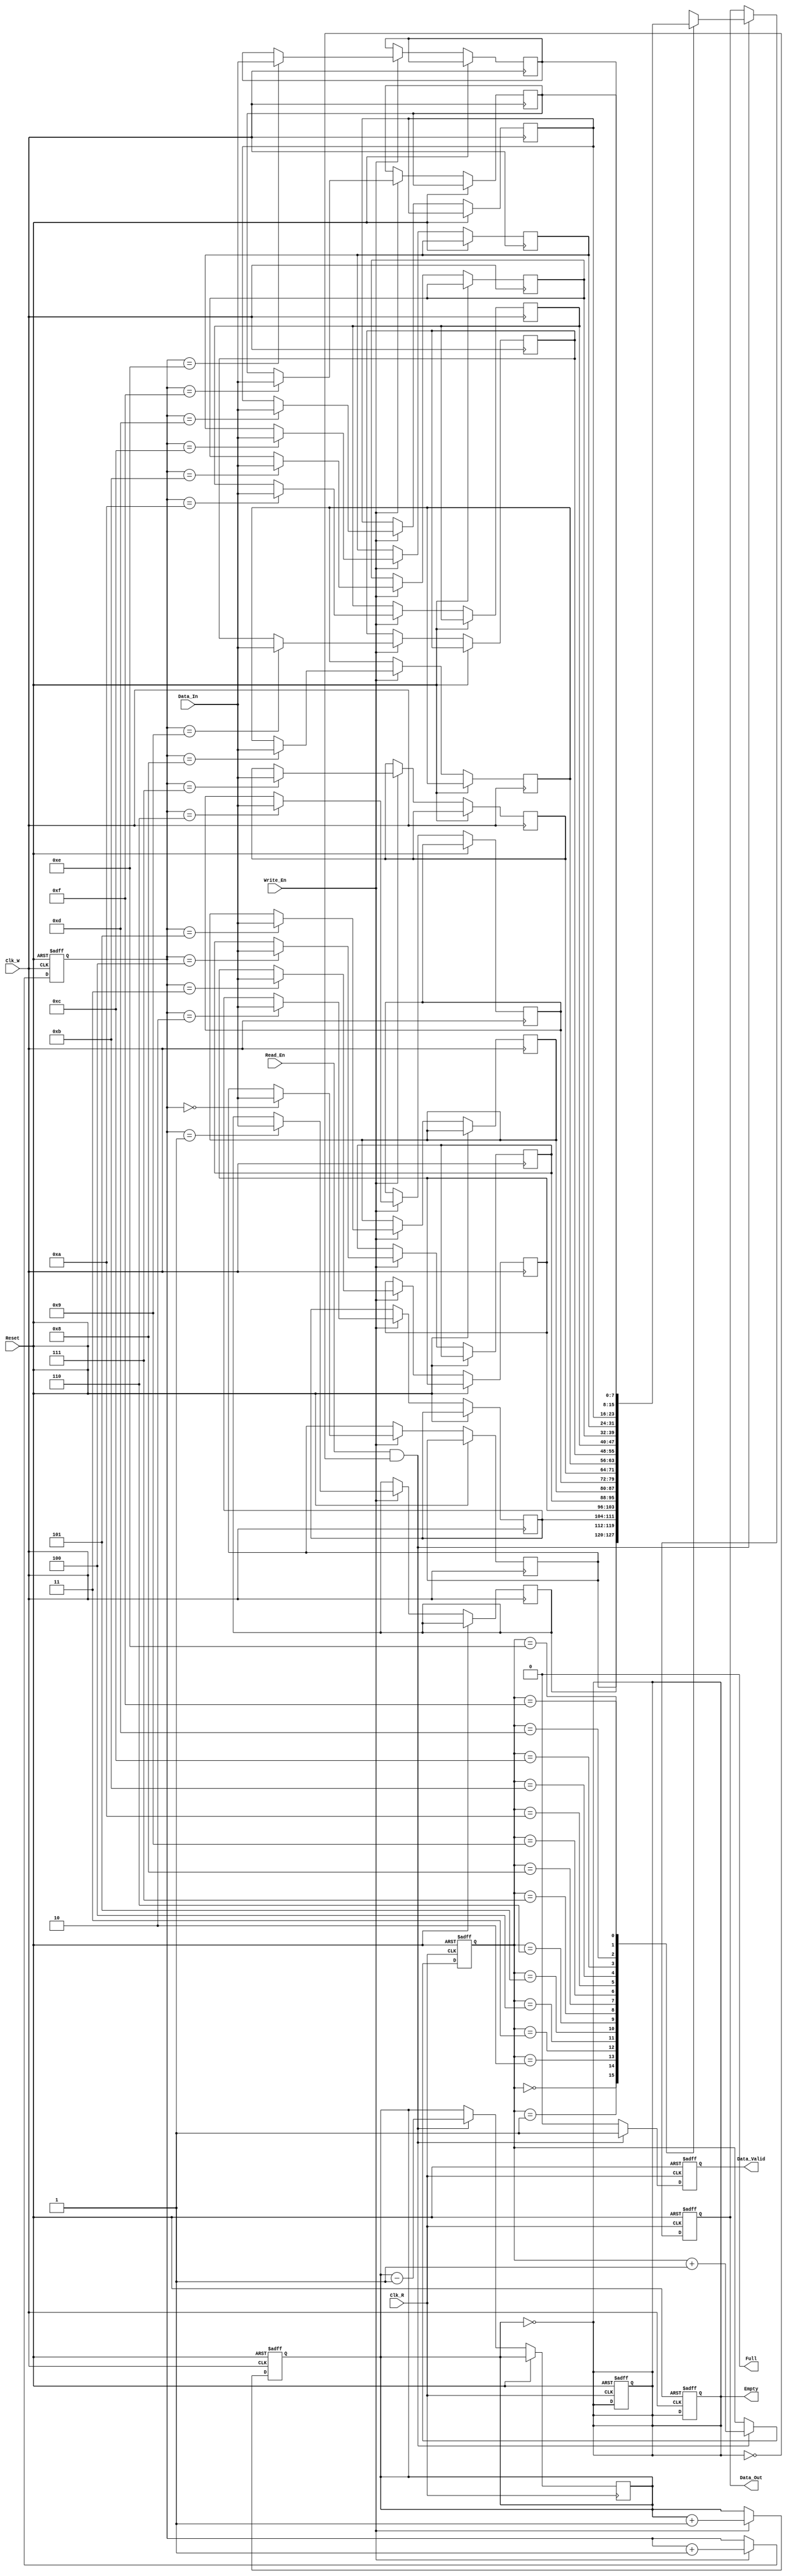
module dual_clock_fifo #(
    parameter DATA_WIDTH = 8,   // Width of the data
    parameter FIFO_DEPTH = 16    // Depth of the FIFO (must be a power of 2)
)(
    input wire Clk_W,            // Write clock
    input wire Clk_R,            // Read clock
    input wire Reset,            // Asynchronous reset
    input wire Write_En,         // Write enable
    input wire Read_En,          // Read enable
    input wire [DATA_WIDTH-1:0] Data_In, // Data input
    output reg [DATA_WIDTH-1:0] Data_Out, // Data output
    output reg Empty,            // FIFO empty flag
    output reg Full,             // FIFO full flag
    output reg Data_Valid        // Data valid signal
);

    // FIFO memory array
    reg [DATA_WIDTH-1:0] fifo_mem [0:FIFO_DEPTH-1];

    // Pointers
    reg [clog2(FIFO_DEPTH)-1:0] WPtr;
    reg [clog2(FIFO_DEPTH)-1:0] RPtr;
    reg [clog2(FIFO_DEPTH)-1:0] Count;

    // Pointer management
    function integer clog2;
        input integer value;
        begin
            value = value - 1;
            for (clog2 = 0; value > 0; clog2 = clog2 + 1)
                value = value >> 1;
        end
    endfunction

    // Asynchronous reset
    always @(posedge Clk_W or posedge Reset) begin
        if (Reset) begin
            WPtr <= 0;
            Count <= 0;
            Full <= 0;
            Empty <= 1;
        end else if (Write_En && !Full) begin
            fifo_mem[WPtr] <= Data_In;
            WPtr <= WPtr + 1;
            Count <= Count + 1;
        end
    end

    always @(posedge Clk_R or posedge Reset) begin
        if (Reset) begin
            RPtr <= 0;
            Data_Out <= 0;
            Data_Valid <= 0;
            Full <= 0;
            Empty <= 1;
        end else if (Read_En && !Empty) begin
            Data_Out <= fifo_mem[RPtr];
            Data_Valid <= 1;
            RPtr <= RPtr + 1;
            Count <= Count - 1;
        end else begin
            Data_Valid <= 0;
        end
    end

    // Update Full and Empty flags
    always @(*) begin
        Full = (Count == FIFO_DEPTH);
        Empty = (Count == 0);
    end

endmodule